Lunatic asylums Madras 1877-1891 - 1877-1891
Year: 1877
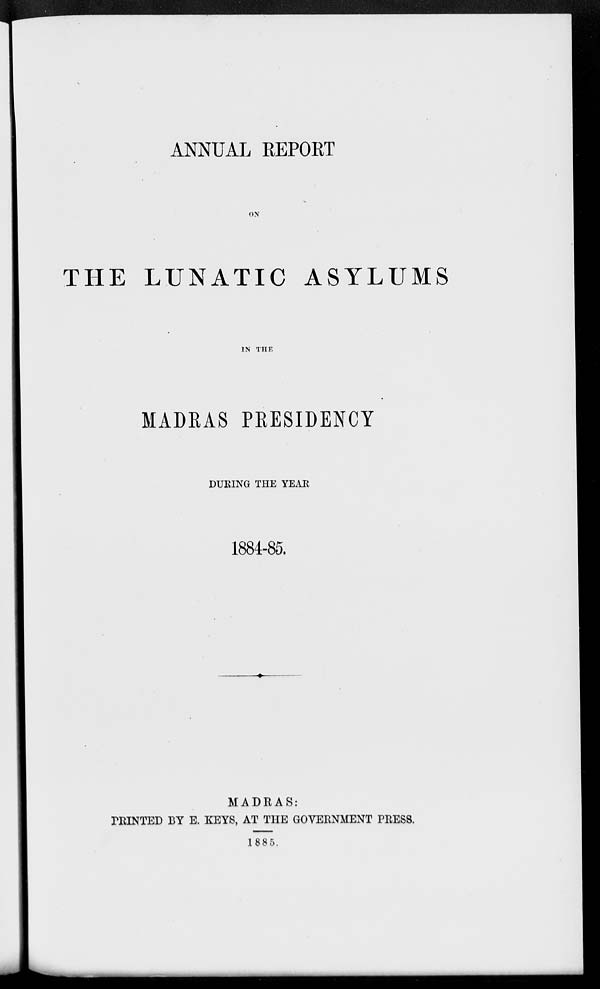
ANNUAL REPORT
ON
THE LUNATIC ASYLUMS
IN THE
MADRAS PRESIDENCY
DURING THE YEAR
1884-85.
MADRAS:
PRINTED BY E. KEYS, AT THE GOVERNMENT PRESS.
1885.